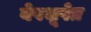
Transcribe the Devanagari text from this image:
वेषभूषेत